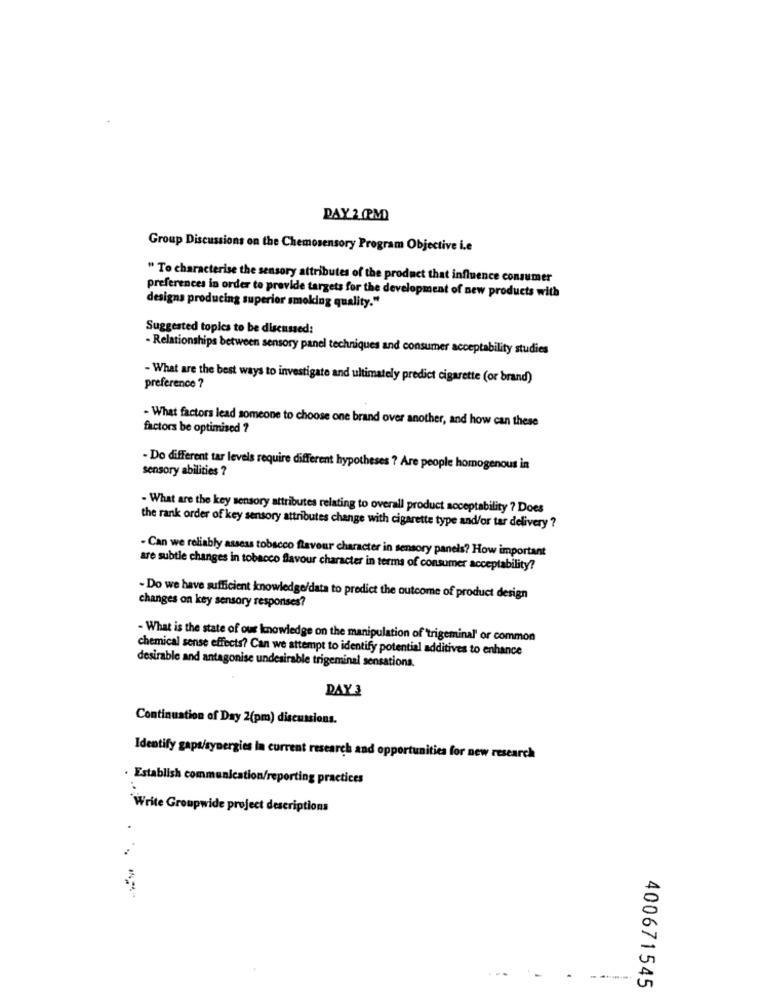
DAY 2 PM)
Group Discussions on the Chemosensory Program Objective i.e
" To characterise the sensory attributes of the product that influence consumer
preferences in order to provide targets for the development of new products with
designs producing superior smoking quality."
Suggested topics to be discussed:
- Relationships between sensory panel techniques and consumer acceptability studies
- What are the best ways to investigate and ultimately predict cigarette (or brand)
preference ?
- What factors lead someone to choose one brand over another, and how can these
factors be optimised ?
sensory abilities ?
- Do different tar levels require different hypotheses ? Are people homogenous in
- What are the key sensory attributes relating to overall product acceptability ? Does
the rank order of key sensory attributes change with cigarette type and/or tar delivery ?
- Can we reliably assess tobacco flavour character in sensory panels? How important
are subtle changes in tobacco flavour character in terms of consumer acceptability?
- Do we have sufficient knowledge/data to predict the outcome of product design
changes on key sensory responses?
- What is the state of our knowledge on the manipulation of trigeminal' or common
chemical sense effects? Can we attempt to identify potential additives to enhance
desirable and antagonise undesirable trigeminal sensations.
DAY 3
Continuation of Day 2(pm) discussions.
Identify gaps/synergies la current research and opportunities for new research
Establish communication/reporting practices
Write Groupwide project descriptions
400671545